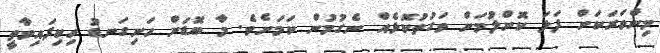
މިންވަރަކަށް ފަލަ ކޮށްލުމަށް ވަގުތުކޮޅެއް ނެގުމުން ކަމަށެވެ. މާ ބޮޑަށް ހަށިގަނޑު ހިކިފައިވާތީ